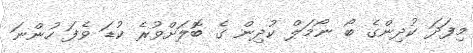
މިފަދަ ކުދިންގެ ބޯ ނޯމަލް ކުދިން ގެ ބޮލަށްވުރެ ކުޑަ ވެފަ ހުންނަ